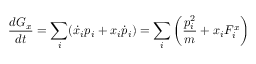
\frac { d G _ { x } } { d t } = \sum _ { i } ( \dot { x } _ { i } p _ { i } + x _ { i } \dot { p } _ { i } ) = \sum _ { i } \left( \frac { p _ { i } ^ { 2 } } { m } + x _ { i } F _ { i } ^ { x } \right)